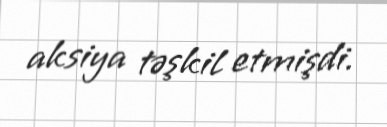
aksiya təşkil etmişdi.